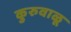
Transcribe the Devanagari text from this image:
कुरुवाळू